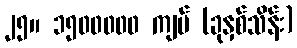
၂၅။ ၁၅၀၀၀၀၀ ကျပ် (ခုနှစ်သိန်း)